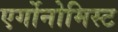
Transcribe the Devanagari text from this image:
एर्गोनोमिस्ट